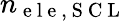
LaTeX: n_{\mathrm{~e~l~e~,~S~C~L~}}